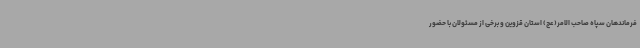
فرماندهان سپاه صاحب الامر(عج) استان قزوین و برخی از مسئولان با حضور